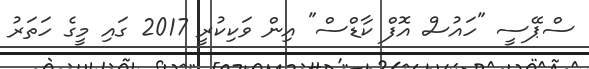
ސްޕޭސީ "ހައުސް އޮފް ކާޑްސް" އިން ވަކިކުރީ 2017 ގައި މީގެ ހަތަރު